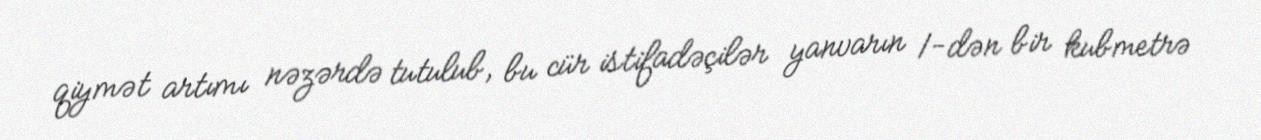
qiymət artımı nəzərdə tutulub, bu cür istifadəçilər yanvarın 1-dən bir kubmetrə